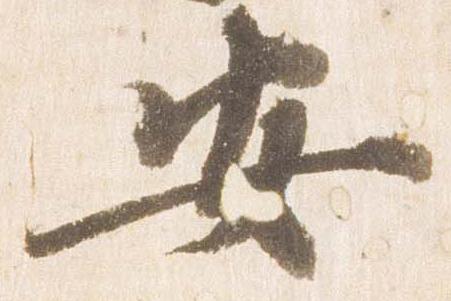
安